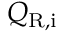
Q _ { \mathrm { R , i } }